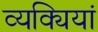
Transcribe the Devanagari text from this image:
व्यक्यियां